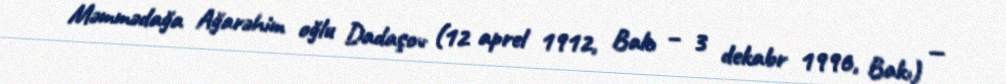
Məmmədağa Ağarəhim oğlu Dadaşov (12 aprel 1912, Bakı – 3 dekabr 1996, Bakı) —